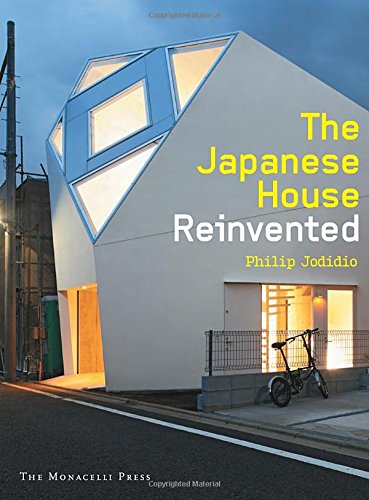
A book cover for The Japanese House Reinvented; Philip Jodidio; Travel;